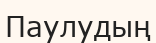
Паулудың